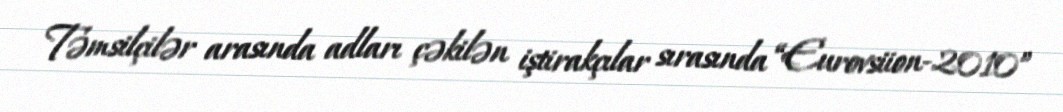
Təmsilçilər arasında adları çəkilən iştirakçılar sırasında “Eurovsiion-2010”